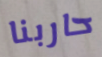
حاربنا